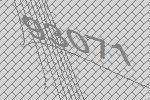
93071